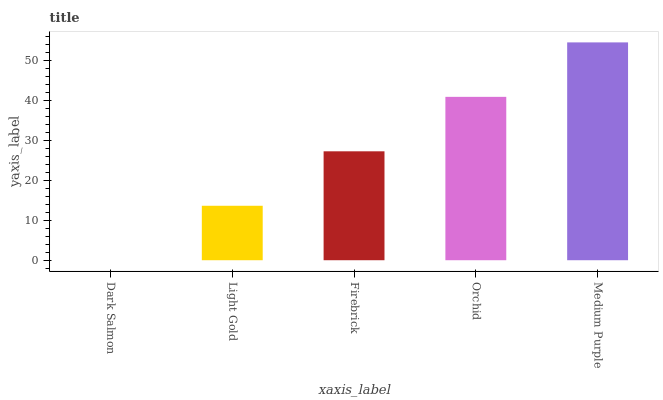
| xaxis_label | bars |
 | --- | --- |
 | Dark Salmon | 0 |
 | Light Gold | 13.6 |
 | Firebrick | 27.3 |
 | Orchid | 40.9 |
 | Medium Purple | 54.5 |